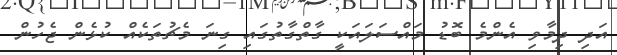
އަދި ދިމާވި އެންމެ ބޮޑު މައްސަލައަކީ ގާތްގާތުގައި ގިނަ މެޗުތަކެއް ކުޅެން ޖެހުން